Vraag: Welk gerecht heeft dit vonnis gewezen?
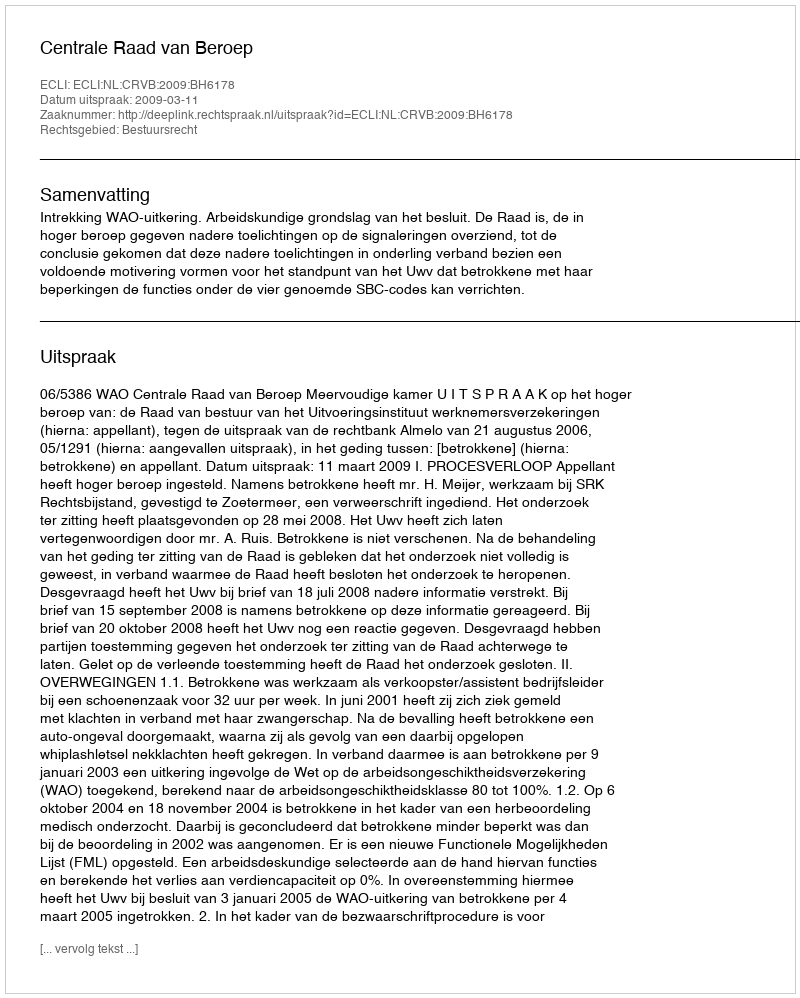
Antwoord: Centrale Raad van Beroep